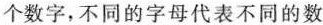
个数字，不同的字母代表不同的数